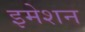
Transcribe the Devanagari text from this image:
इमेशन